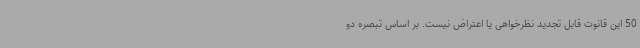
50 این قانوت قابل تجدید نظرخواهی یا اعتراض نیست. بر اساس تبصره دو